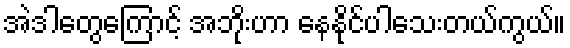
အဲဒါတွေကြောင့် အဘိုးဟာ နေနိုင်ပါသေးတယ်ကွယ်။